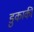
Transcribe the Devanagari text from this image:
डुकाकी